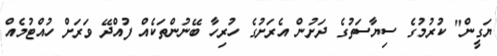
ޔަގީން" ކުރުމުގެ ސިޔާސަތުގެ ދަށުން އެރަށުގެ ހުރިހާ ބޭނުންތަކެއް ފުއްދޭ ވަރަށް ހުއްޓުމެއް